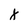
Character: x